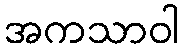
အကသာဝါ